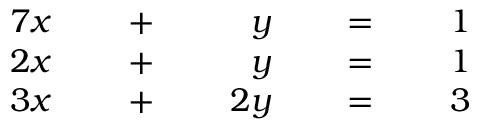
{ \begin{array} { r l r l r l r l r l } { { 7 } x } & { } & { \; + \; } & { } & { y } & { } & { \; = \; } & { } & { 1 } & { } \\ { 2 x } & { } & { \; + \; } & { } & { y } & { } & { \; = \; } & { } & { 1 } & { } \\ { 3 x } & { } & { \; + \; } & { } & { 2 y } & { } & { \; = \; } & { } & { 3 } & { } \end{array} }